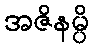
အဇိနမ္ပိ